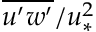
\overline { { u ^ { \prime } w ^ { \prime } } } / u _ { * } ^ { 2 }